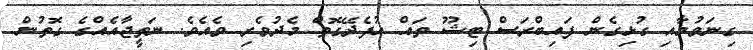
ގިނަވުމާއި ގުޅިގެން ފައިބްރަސް ޓިޝޫ ތައް އުފެދޭގޮތް މެދުވެރި ވެއެވެ. ނަތީޖާއެއްގެ ގޮތުން